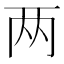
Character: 两